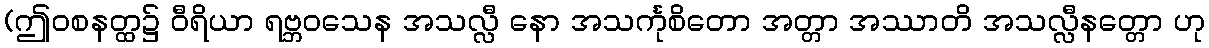
(ဤဝစနတ္ထ၌ ဝီရိယာ ရဗ္ဘဝသေန အသလ္လီ နော အသင်္ကုစိတော အတ္တာ အဿာတိ အသလ္လီနတ္တော ဟု